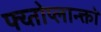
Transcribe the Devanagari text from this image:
फ्य्तोप्लान्क्तों